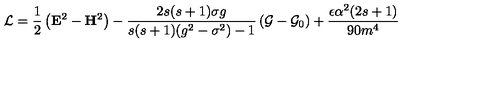
\mathcal { L } = \frac 1 2 \left( \mathbf { E } ^ { 2 } - \mathbf { H } ^ { 2 } \right) - \frac { 2 s ( s + 1 ) \sigma g } { s ( s + 1 ) ( g ^ { 2 } - \sigma ^ { 2 } ) - 1 } \left( \mathcal { G } - \mathcal { G } _ { 0 } \right) + \frac { \epsilon \alpha ^ { 2 } ( 2 s + 1 ) } { 9 0 m ^ { 4 } }